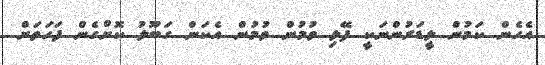
އެހެން ކަމުން ލީޑަރުންނަކީ ފޭލި ވުމުން ވުމުން އެކަން ގަބޫލު ކޮށްގެން ފަހަތަށް